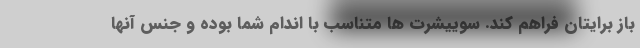
باز برایتان فراهم کند. سوییشرت ها متناسب با اندام شما بوده و جنس آنها